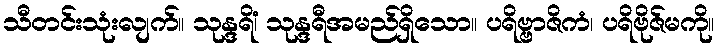
သီတင်းသုံးလျက်။ သုန္ဒရိံ၊ သုန္ဒရီအမည်ရှိသော။ ပရိဗ္ဗာဇိကံ၊ ပရိဗိုဇ်မကို။